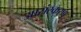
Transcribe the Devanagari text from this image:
आसंस्करण